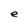
Character: e